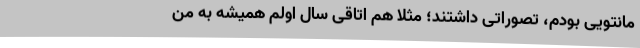
مانتویی بودم، تصوراتی داشتند؛ مثلا هم اتاقی سال اولم همیشه به من